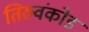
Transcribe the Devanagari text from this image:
तिरुवंकोड